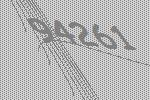
94261